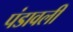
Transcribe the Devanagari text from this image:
पंडावली